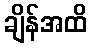
ချိန်အထိ